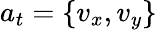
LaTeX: a_{t}=\{ v_{x},v_{y}\}